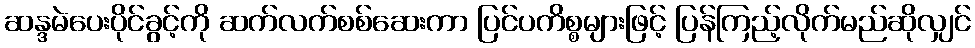
ဆန္ဒမဲပေးပိုင်ခွင့်ကို ဆက်လက်စစ်ဆေးကာ ပြင်ပကိစ္စများဖြင့် ပြန်ကြည့်လိုက်မည်ဆိုလျှင်